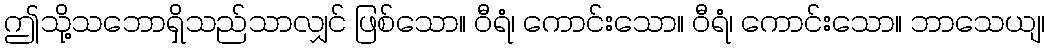
ဤသို့သဘောရှိသည်သာလျှင် ဖြစ်သော။ ဝီရံ၊ ကောင်းသော။ ဝီရံ၊ ကောင်းသော။ ဘာသေယျ၊